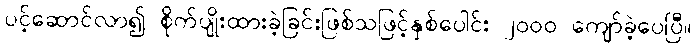
ပင့်ဆောင်လာ၍ စိုက်ပျိုးထားခဲ့ခြင်းဖြစ်သဖြင့်နှစ်ပေါင်း ၂ဝဝဝ ကျော်ခဲ့ပေပြီ။